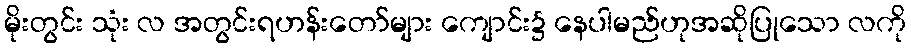
မိုးတွင်း သုံး လ အတွင်းရဟန်းတော်များ ကျောင်း၌ နေပါမည်ဟုအဆိုပြုသော လကို